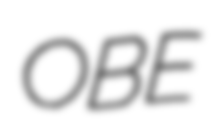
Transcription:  OBE